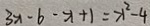
3 x - b - x + 1 = x ^ { 2 } - 4